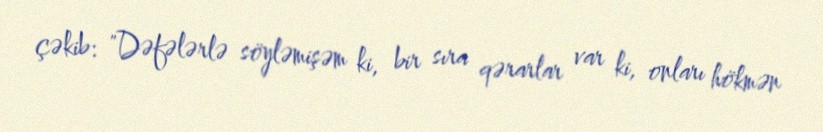
çəkib: "Dəfələrlə söyləmişəm ki, bir sıra qərarlar var ki, onları hökmən